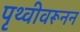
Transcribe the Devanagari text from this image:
पृथ्वीवरूनन